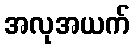
အလုအယက်